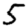
Digit: 5